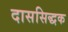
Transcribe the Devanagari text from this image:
दाससिद्धक